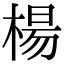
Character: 楊